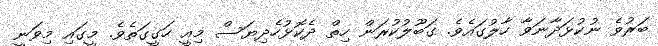
ބަރުވެ ނުކުޅަދާނަވާ ހާލުގައެވެ. ގަބޫލުކުރަން ހިތް ދެކޮޅުހެދިޔަސް މިއީ ހަގީގަތެވެ. މީގައި މިވަނީ